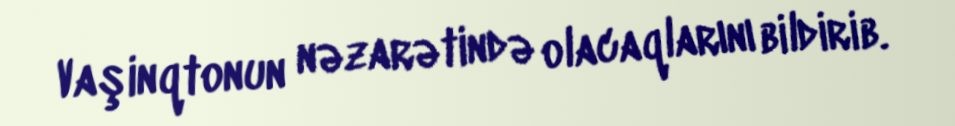
Vaşinqtonun nəzarətində olacaqlarını bildirib.